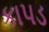
કાપડ